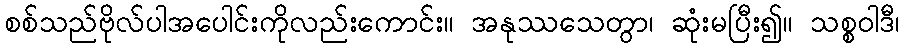
စစ်သည်ဗိုလ်ပါအပေါင်းကိုလည်းကောင်း။ အနုဿသေတွာ၊ ဆုံးမပြီး၍။ သစ္စဝါဒီ၊